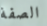
الصفة